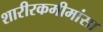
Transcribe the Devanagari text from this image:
शारीरकमीमांसा